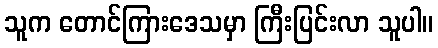
သူက တောင်ကြားဒေသမှာ ကြီးပြင်းလာ သူပါ။